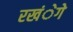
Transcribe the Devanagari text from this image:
रखंेगे